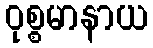
ဝုစ္စမာနာယ